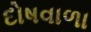
દોષવાળા